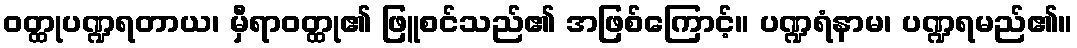
ဝတ္ထုပဏ္ဍရတာယ၊ မှီရာဝတ္ထု၏ ဖြူစင်သည်၏ အဖြစ်ကြောင့်။ ပဏ္ဍရံနာမ၊ ပဏ္ဍရမည်၏။